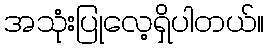
အသုံးပြုလေ့ရှိပါတယ်။